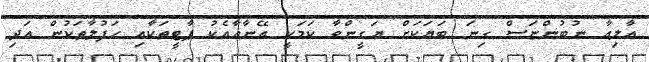
އާލިއާ ނުބުންޏަސް ގިނަ ބަޔަކަށް ޔަގީންވާ ކަމަކީ އޭނާއާއެކު ޕާޓީތަކާއި ހަފުލާތަކުން އަދި